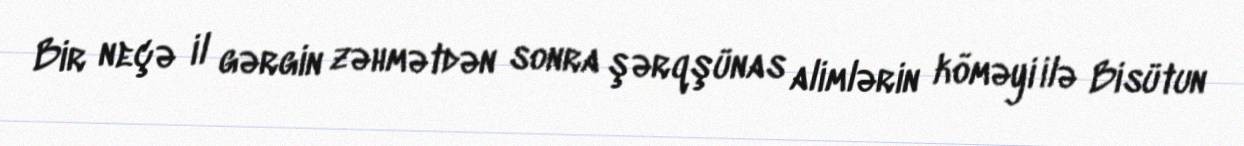
Bir neçə il gərgin zəhmətdən sonra şərqşünas alimlərin köməyi ilə Bisütun